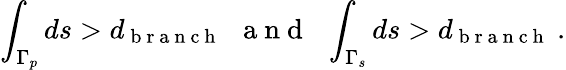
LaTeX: \int_{\Gamma_{p}}ds>d_{\mathrm{~b~r~a~n~c~h~}}\ \ \mathrm{~a~n~d~}\ \ \int_{\Gamma_{s}}ds>d_{\mathrm{~b~r~a~n~c~h~}}\ .